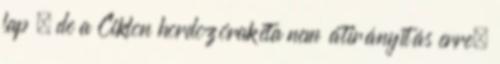
lap , de a Ciklon hordozórakéta nem átirányítás erre,